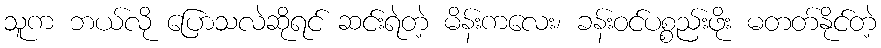
သူက ဘယ်လို ပြောသလဲဆိုရင် ဆင်းရဲတဲ့ မိန်းကလေး၊ ခန်းဝင်ပစ္စည်းဖိုး မတတ်နိုင်တဲ့